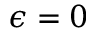
\epsilon = 0